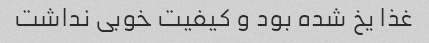
غذا یخ شده بود و کیفیت خوبی نداشت